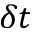
\delta t